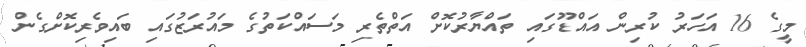
މީގެ 16 އަހަރު ކުރިން އައްޑޫގައި ތައްޔާރުކޮށް އަތްތެރި މަސައްކަތުގެ މައުރަޒުގައި ބައިވެރިކޮށްގެން